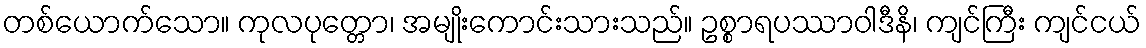
တစ်ယောက်သော။ ကုလပုတ္တော၊ အမျိုးကောင်းသားသည်။ ဥစ္စာရပဿာဝါဒီနိ၊ ကျင်ကြီး ကျင်ငယ်